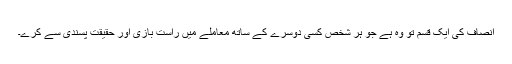
انصاف کی ایک قسم تو وہ ہے جو ہر شخص کسی دوسرے کے ساتھ معاملے میں راست بازی اور حقیقت پسندی سے کرے۔